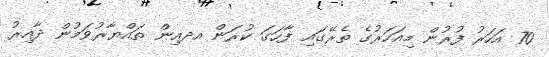
70 އަހަރު ފުރުން މިއަހަރުގެ ތެރޭގައި ފާހަގަ ކުރަން އދއިން ތައްޔާރުވަމުން ދާއިރު